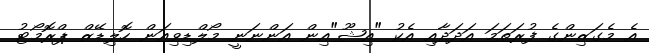
އެ މެގަޒިންގެ ފުރަތަމަ އަދަދާއި އެކު "އިޝޫ"އިން އަންނަނީ މޯލްޑިވިއަން ހޮލިޑޭޒް ޕްރޮމޯޓު